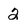
Character: 2